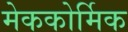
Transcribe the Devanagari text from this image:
मेककोर्मिक